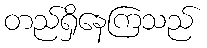
တည်ရှိနေကြသည်